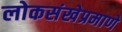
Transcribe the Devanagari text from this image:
लोकसंखेप्रमाणे